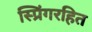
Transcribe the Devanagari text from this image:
स्प्रिंगरहित